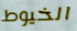
الخيوط